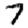
Digit: 7